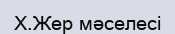
X.Жер мәселесі